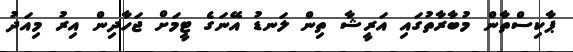
ޕާކިސްތާން މުބާރާތުގައި އަރީޝާ ތިން ލަނޑު އޭނަގެ ޓީމަށް ޖަހާދިން އިރު މިއަދު